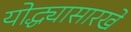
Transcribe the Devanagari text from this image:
योद्ध्यासारखे